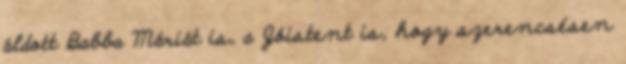
áldott Babba Máriát is, a Jóistent is, hogy szerencsésen